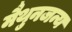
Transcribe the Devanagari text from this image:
मैथुनजन्य